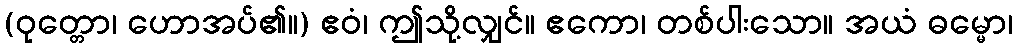
(ဝုတ္တော၊ ဟောအပ်၏။) ဧဝံ၊ ဤသို့လျှင်။ ဧကော၊ တစ်ပါးသော။ အယံ ဓမ္မော၊